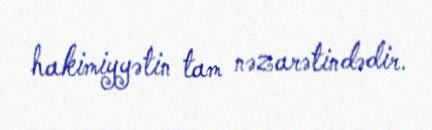
hakimiyyətin tam nəzarətindədir.